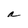
Character: a